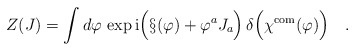
\begin{align*}Z(J)=\int d\varphi\,\exp {\rm i}\Bigl(\S(\varphi)+\varphi^aJ_a\Bigr)\,\delta\Bigl(\chi^{\mbox{\scriptsize com}}(\varphi)\Bigr)\quad .\end{align*}